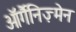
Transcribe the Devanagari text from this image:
ऑर्गैनिज़्मेन